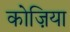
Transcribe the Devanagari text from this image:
कोज़िया